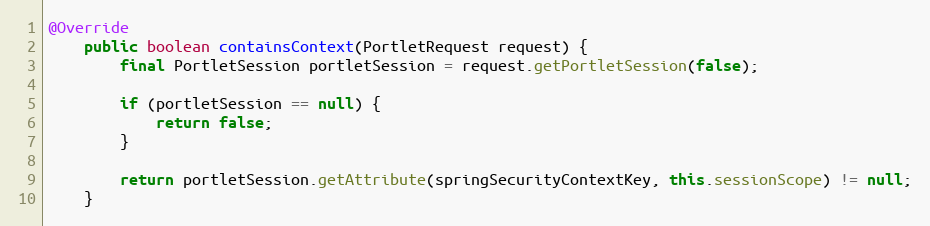
Language: Java
@Override
    public boolean containsContext(PortletRequest request) {
        final PortletSession portletSession = request.getPortletSession(false);

        if (portletSession == null) {
            return false;
        }

        return portletSession.getAttribute(springSecurityContextKey, this.sessionScope) != null;
    }